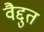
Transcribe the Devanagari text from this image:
वैद्दुत